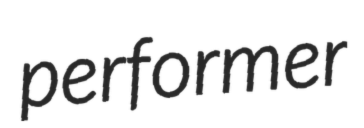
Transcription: performer